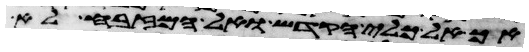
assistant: אך אל כלי הקדש ואל המזבח לא